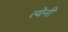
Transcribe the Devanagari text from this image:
त्येनी